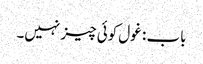
باب : غول کوئی چیز نہیں۔